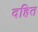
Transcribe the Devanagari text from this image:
दहित